Civil Veterinary Department Bihar & Orissa reports 1922-29 - 1922-1929
Year: 1922
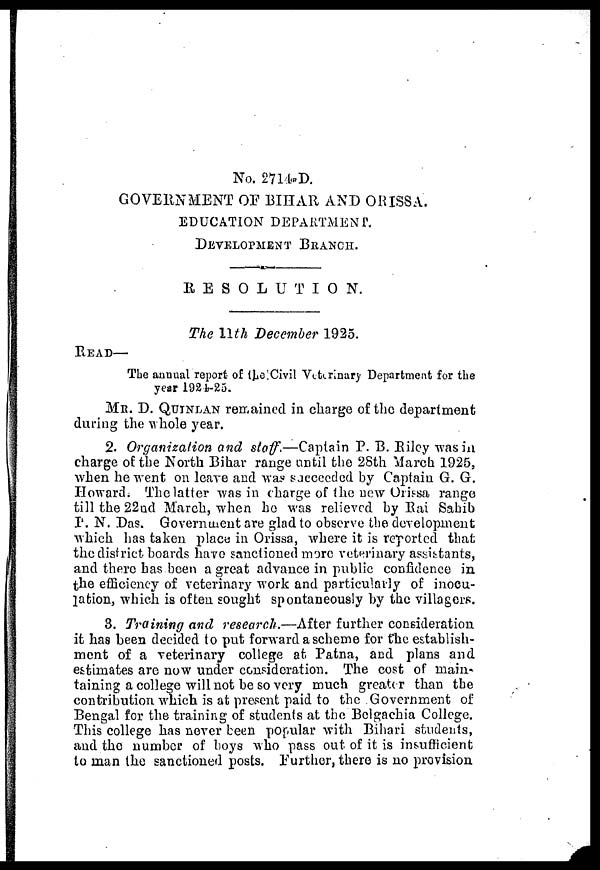
No. 2714 R D.
GOVERNMENT OF BIHAR AND ORISSA.
EDUCATION DEPARTMENT.
DEVELOPMENT BRANCH.
RESOLUTION.
The 11 th December 1925.
READ—
The annual report of the Civil Veterinary Department for the
year 1924-25.
Me. D. QUINLAN remained in charge of the department
during the whole year.
2. Organization and staff.—Captain P. B. Riley was in
charge of the North Bihar range until the 28th March 1925,
when he went on leave and was succeeded by Captain G. G.
Howard. The latter was in charge of the new Orissa range
till the 22ud March, when ho was relieved by Rai Sahib
P. N. Das. Government are glad to observe the development
which has taken place in Orissa, where it is reported that
the district boards have sanctioned more veterinary assistants,
and there has been a great advance in public confidence in
the efficiency of veterinary work and particularly of inocu-
lation, which is often sought spontaneously by the villagers.
3. Training and research.—After further consideration
it has been decided to put forward a scheme for the establish-
ment of a veterinary college at Patna, and plans and
estimates are now under consideration. The cost of main-
taining a college will not be so very much greater than the
contribution winch is at present paid to the Government of
Bengal for the training of students at the Belgachia College.
This college has never been popular with Bihari students,
and the number of boys who pass out of it is insufficient
to man the sanctioned posts. Further, there is no provision